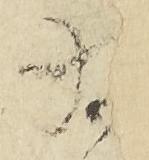
為